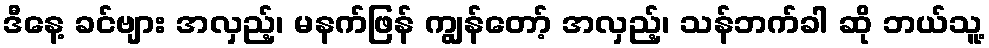
ဒီနေ့ ခင်ဗျား အလှည့်၊ မနက်ဖြန် ကျွန်တော့် အလှည့်၊ သန်ဘက်ခါ ဆို ဘယ်သူ့